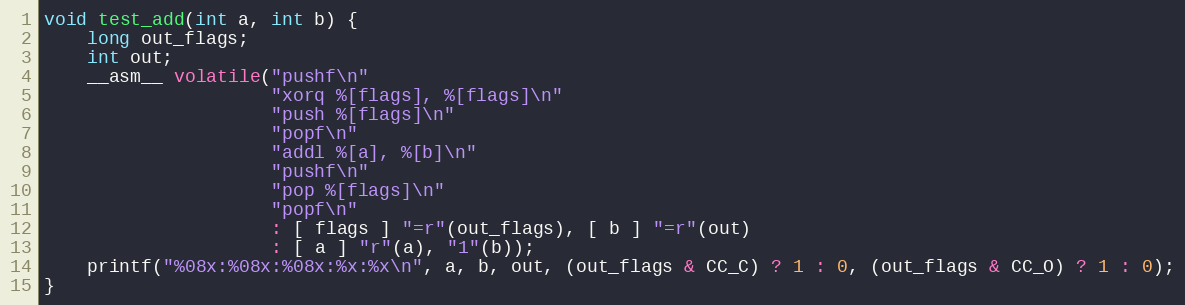
Language: C
void test_add(int a, int b) {
    long out_flags;
    int out;
    __asm__ volatile("pushf\n"
                     "xorq %[flags], %[flags]\n"
                     "push %[flags]\n"
                     "popf\n"
                     "addl %[a], %[b]\n"
                     "pushf\n"
                     "pop %[flags]\n"
                     "popf\n"
                     : [ flags ] "=r"(out_flags), [ b ] "=r"(out)
                     : [ a ] "r"(a), "1"(b));
    printf("%08x:%08x:%08x:%x:%x\n", a, b, out, (out_flags & CC_C) ? 1 : 0, (out_flags & CC_O) ? 1 : 0);
}